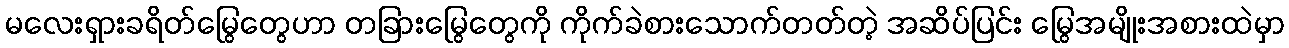
မလေးရှားခရိတ်မြွေတွေဟာ တခြားမြွေတွေကို ကိုက်ခဲစားသောက်တတ်တဲ့ အဆိပ်ပြင်း မြွေအမျိုးအစားထဲမှာ